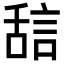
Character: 𬜇